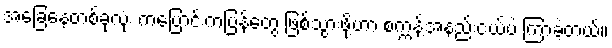
အခြေနေတစ်ခုလုံး ကပြောင်းကပြန်တွေ ဖြစ်သွားဖို့ဟာ စက္ကန့်အနည်းငယ်ပဲ ကြာခဲ့တယ်။